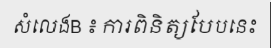
សំលេងB ៖ ការពិនិត្យបែបនេះ